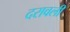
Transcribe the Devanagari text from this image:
दरावली